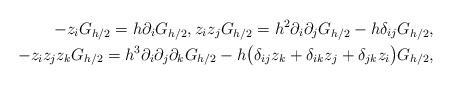
LaTeX: \begin{align*}- z_i G_{h/2} = h \partial_i G_{h/2}, z_i z_j G_{h/2} = h^2 \partial_i\partial_j G_{h/2} - h \delta_{ij} G_{h/2},\\ - z_iz_jz_k G_{h/2} = h^3 \partial_i\partial_j\partial_k G_{h/2} - h\big(\delta_{ij} z_k + \delta_{ik} z_j + \delta_{jk}z_i\big)G_{h/2}, \end{align*}